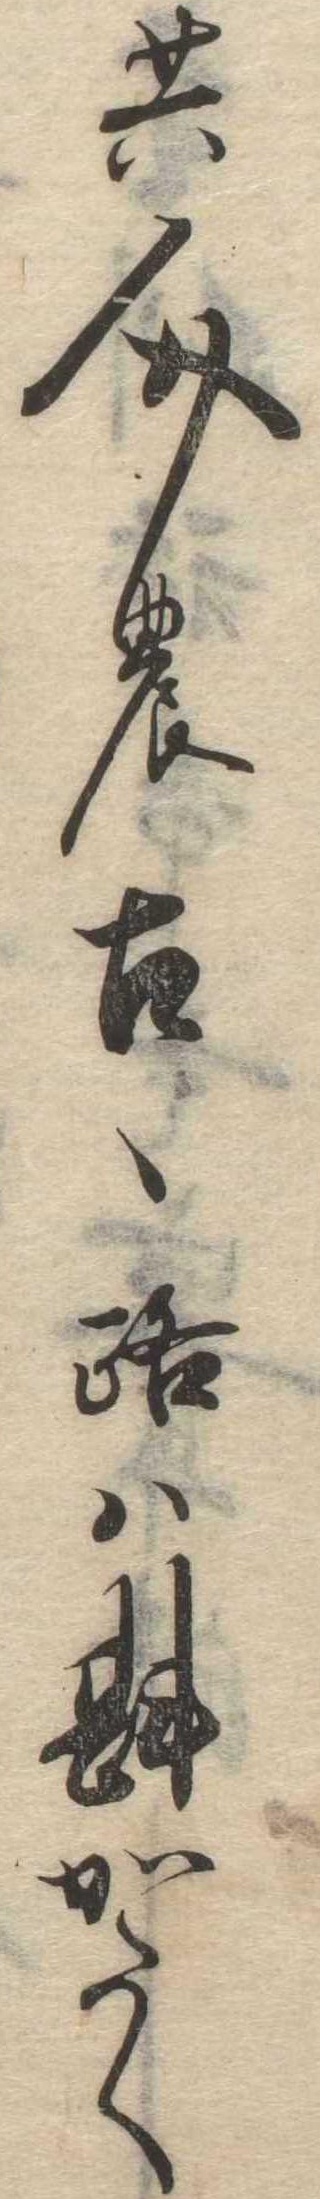
共人のこゝろは斟かたく